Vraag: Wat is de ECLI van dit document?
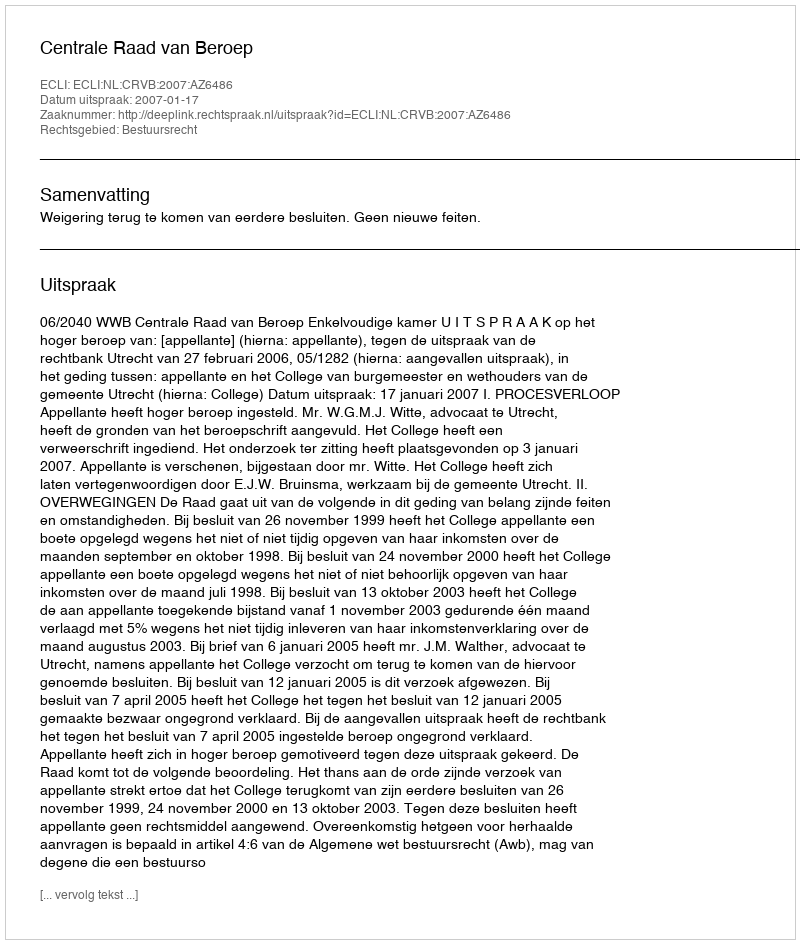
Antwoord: ECLI:NL:CRVB:2007:AZ6486